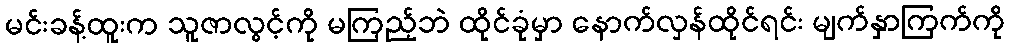
မင်းခန့်ထူးက သူဇာလွင့်ကို မကြည့်ဘဲ ထိုင်ခုံမှာ နောက်လှန်ထိုင်ရင်း မျက်နှာကြက်ကို